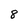
Character: 8